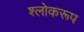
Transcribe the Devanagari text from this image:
श्लोकरूप